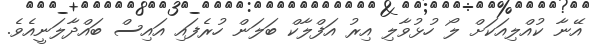
އޭނާ ކުއްލިއަކަށް ލޯ ހުޅުވާލި އިރު އަފްލާކް ބަލަން ހުރެފައި އައިސް ބައްދާލަނީއެވެ.